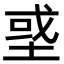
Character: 𡌳